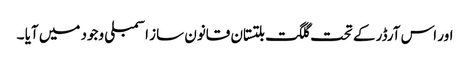
اور اس آرڈر کے تحت گلگت بلتستان قانون ساز اسمبلی وجود میں آیا ۔